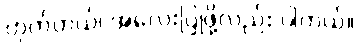
ဟုတ်တယ်၊ အလေးပြုဖို့လည်း ပါတယ်။